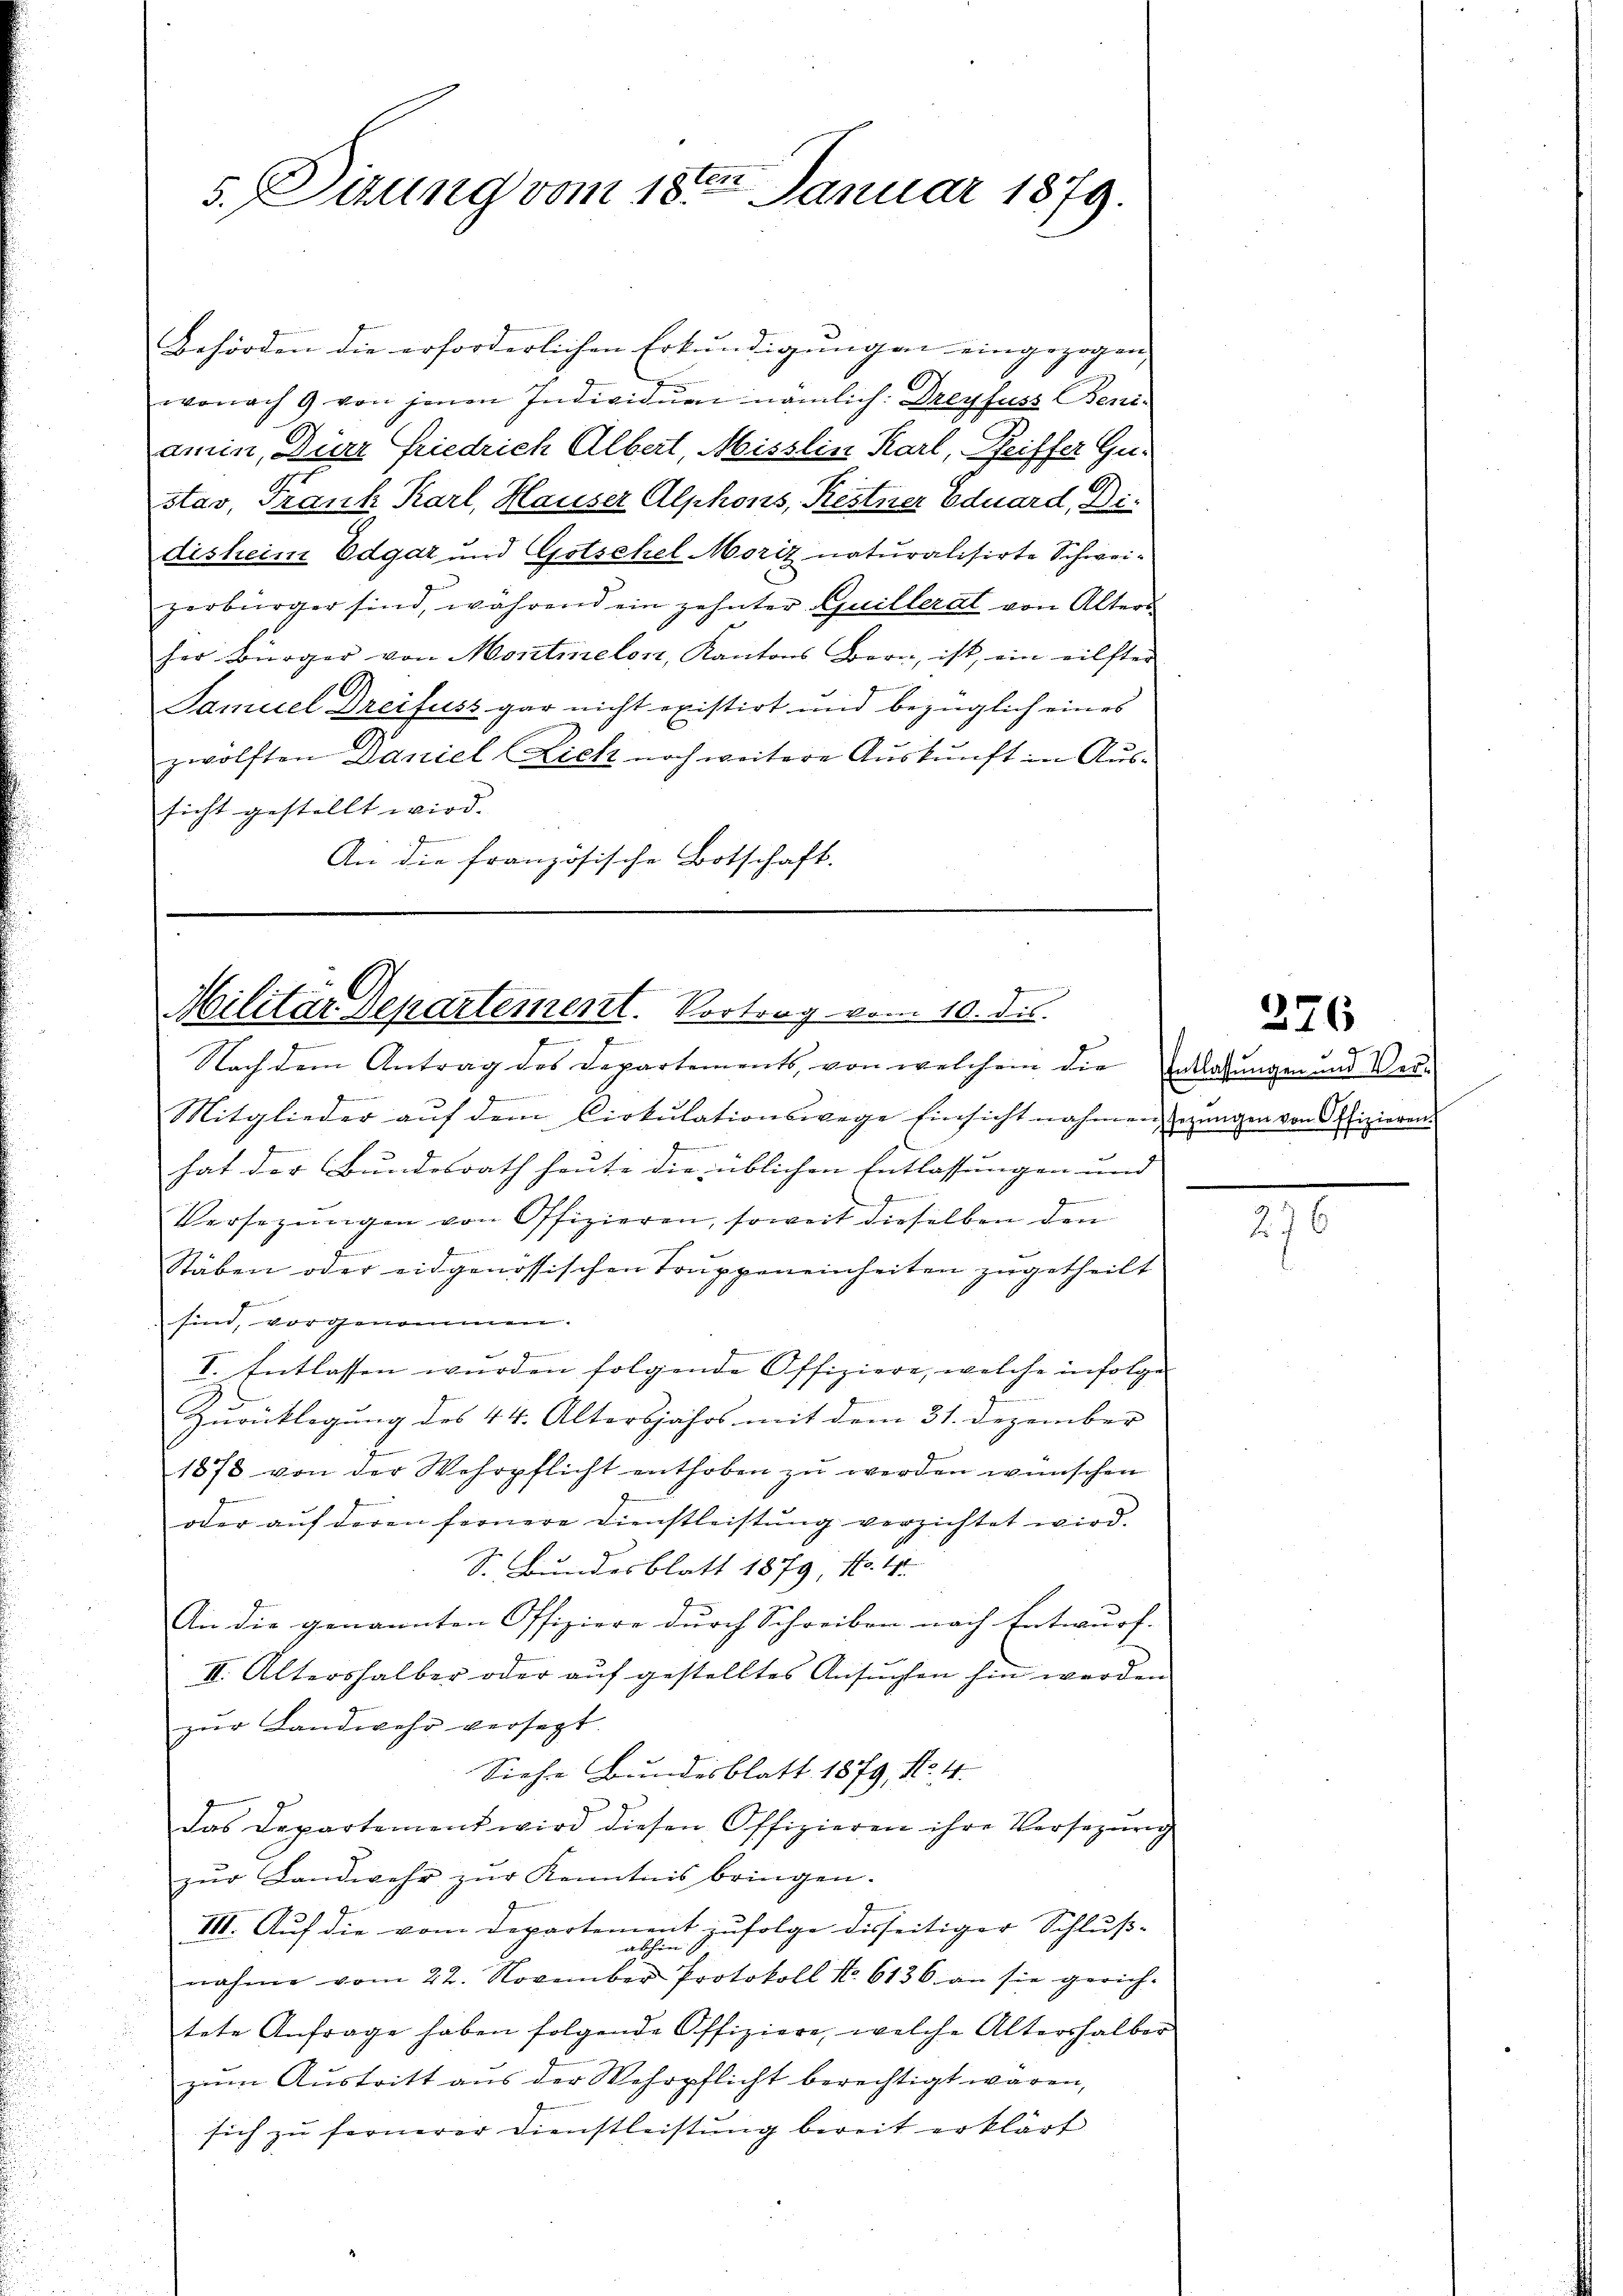
Behörden die erforderlichen Erkundigungen eingezogen
wonach 9 von jenen Individuen nämlich: Dreyfuss Beni-
amin, Dir Friedrich Albert, Misslin Karl, Reiffer Gu-
stav, Frank Karl, Hauser Alphons, Restner Eduard, Di-
disheim Edgar und Gotschel Moriz naturalisirte Schweizerbürger sind, während ein zehnter Guillerat von Alters
her Bürger von Montielen, Kantons Bern, ist, ein eilster
A
Samuel Greifuss gar nicht existirt und bezüglich eines
zwölften Daniel (Zick noch weitere Auskunft in Aussicht gestellt wird.
.
An die französische Botschaft.

5. Sizung vom 18ten Januar 1879.

Militar Departement. Vortrag vom 10. ds.
7
Nach dem Antrag des Departements, von welchem die Entlaßungen und Ver-

Mitglieder aŭf dem Cirkŭlationswege Einsicht nahmen, setzŭngen von Offizieren.
hat der Bundesrath heute die üblichen Entlassungen und |
2
Versezungen von Offizieren, soweit dieselben den
.
Stäben oder eidgenössischen Truppeneinheiten zugetheilt
sind, vorgenommen.
I. Entlassen wurden folgende Offiziere, welche infolge
Zurücklegung des 44. Altersjahrs mit dem 31. Dezember
.
1878 von der Wehrpflicht enthoben zŭ werden wünschen
oder aŭf deren fernere Dienstleistŭng verzichtet wird.
S. Bundesblatt 1879, No. 4
An die genannten Offiziere durch Schreiben nach Entwurf.
II. Altershalber oder auf gestelltes Ansuchen hin werden
zŭr Landwehr versezt.
Siehe Bundesblatt 1879, No. 4.
das Departement wird diesen Offizieren ihre Versezung
zŭr Landwehr zŭr Kenntnis bringen.
III. Auf die vom Departement zufolge disseitiger Schluß-
abhin 17
nahme vom 22. November Protokoll No. 6136. an sie gerich-
tete Anfrage haben folgende Offiziere, welche Altershalber
zum Austritt aus der Wehrpflicht berechtigt wären,
sich zu fernerer Dienstleistung bereit erklärt

226

d
e

270